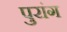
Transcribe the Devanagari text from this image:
पुरांग